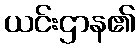
ယင်းဌာန၏